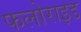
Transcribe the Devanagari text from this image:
फलोराइड